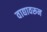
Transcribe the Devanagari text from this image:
वाद्यावरून